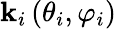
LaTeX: \mathbf{k}_{i}\, (\theta_{i},\varphi_{i})